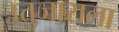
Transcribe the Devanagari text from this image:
उत्तुजाराला